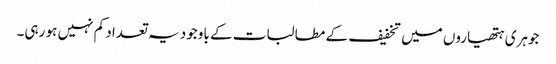
جوہری ہتھیاروں میں تخفیف کے مطالبات کے باوجود یہ تعداد کم نہیں ہو رہی۔